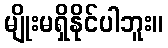
မျိုးမရှိနိုင်ပါဘူး။